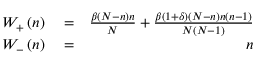
\begin{array} { r l r } { { W _ { + } } \left( n \right) } & { { } = } & { \frac { { \beta \left( { N - n } \right) n } } { N } + \frac { { \beta ( { 1 + \delta } ) \left( { N - n } \right) n \left( { n - 1 } \right) } } { { N \left( { N - 1 } \right) } } } \\ { { W _ { - } } \left( n \right) } & { { } = } & { n } \end{array}